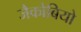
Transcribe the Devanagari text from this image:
जैकोबियो